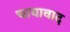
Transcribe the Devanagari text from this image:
चायावाद